Report of an investigation of the epidemic of malarial fever in Assam, or, kala-azar
Disease focus: Malaria
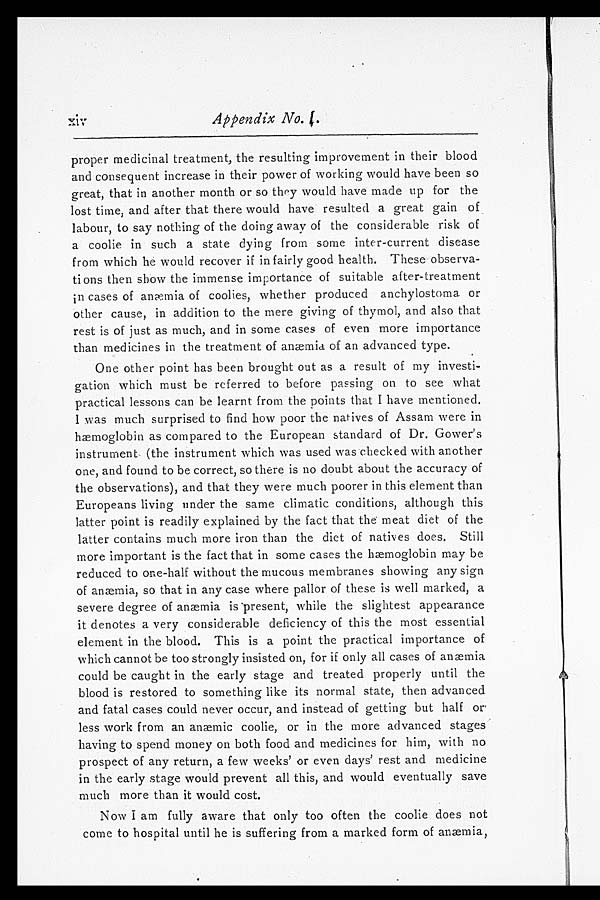
proper medicinal treatment, the resulting improvement in their blood
and consequent increase in their power of working would have been so
great, that in another month or so they would have made up for the
lost time, and after that there would have resulted a great gain of
labour, to say nothing of the doing away of the considerable risk of
a coolie in such a state dying from some inter-current disease
from which he would recover if in fairly good health. These observa--
tions then show the immense importance of suitable after-treatment
in cases of anæmia of coolies, whether produced anchylostoma or
other cause, in addition to the mere giving of thymol, and also that
rest is of just as much, and in some cases of even more importance
than medicines in the treatment of anæmia of an advanced type.
One other point has been brought out as a result of my investi--
gation which must be referred to before passing on to see what
practical lessons can be learnt from the points that I have mentioned.
I was much surprised to find how poor the natives of Assam were in
hæmoglobin as compared to the European standard of Dr. Gower's
instrument (the instrument which was used was checked with another
one, and found to be correct, so there is no doubt about the accuracy of
the observations), and that they were much poorer in this element than
Europeans living under the same climatic conditions, although this
latter point is readily explained by the fact that the meat diet of the
latter contains much more iron than the diet of natives does. Still
more important is the fact that in some cases the hæmoglobin may be
reduced to one-half without the mucous membranes showing any sign
of anæmia, so that in any case where pallor of these is well marked, a
severe degree of anæmia is present, while the slightest appearance
it denotes a very considerable deficiency of this the most essential
element in the blood. This is a point the practical importance of
which cannot be too strongly insisted on, for if only all cases of anæmia
could be caught in the early stage and treated properly until the
blood is restored to something like its normal state, then advanced
and fatal cases could never occur, and instead of getting but half or
less work from an anæmic coolie, or in the more advanced stages
having to spend money on both food and medicines for him, with no
prospect of any return, a few weeks' or even days' rest and medicine
in the early stage would prevent all this, and would eventually save
much more than it would cost.
Now I am fully aware that only too often the coolie does not
come to hospital until he is suffering from a marked form of anæmia,